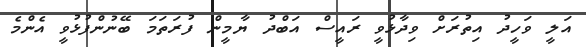
އަލީ ވަހީދު އިތުރަށް ވިދާޅުވީ ރައީސް އަބްދު ޔާމީން ފުރަތަމަ ބޭނުންފުޅުވީ އެންމެ